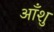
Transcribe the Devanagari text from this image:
आँशु